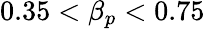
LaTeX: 0.35<\beta_{p}<0.75